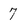
Character: 7